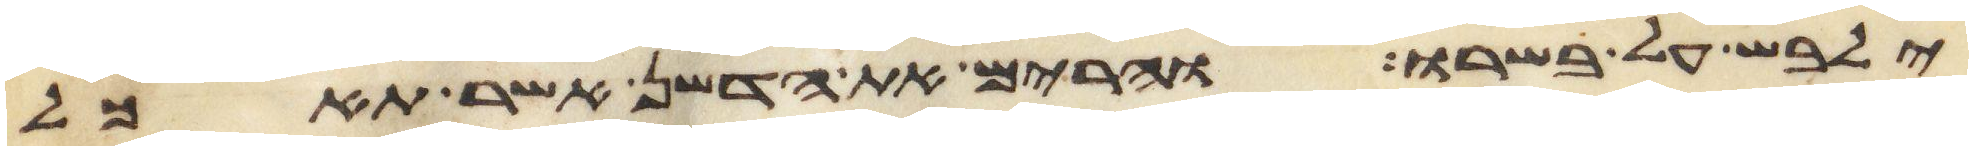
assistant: ילבש על בשרו והרים את הדשן אשר תאכל